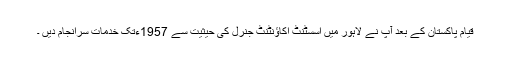
قیام پاکستان کے بعد آپ نے لاہور میں اسسٹنٹ اکاؤنٹنٹ جنرل کی حیثیت سے 1957ءتک خدمات سرانجام دیں ۔